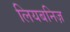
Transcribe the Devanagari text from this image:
लियबनिज़